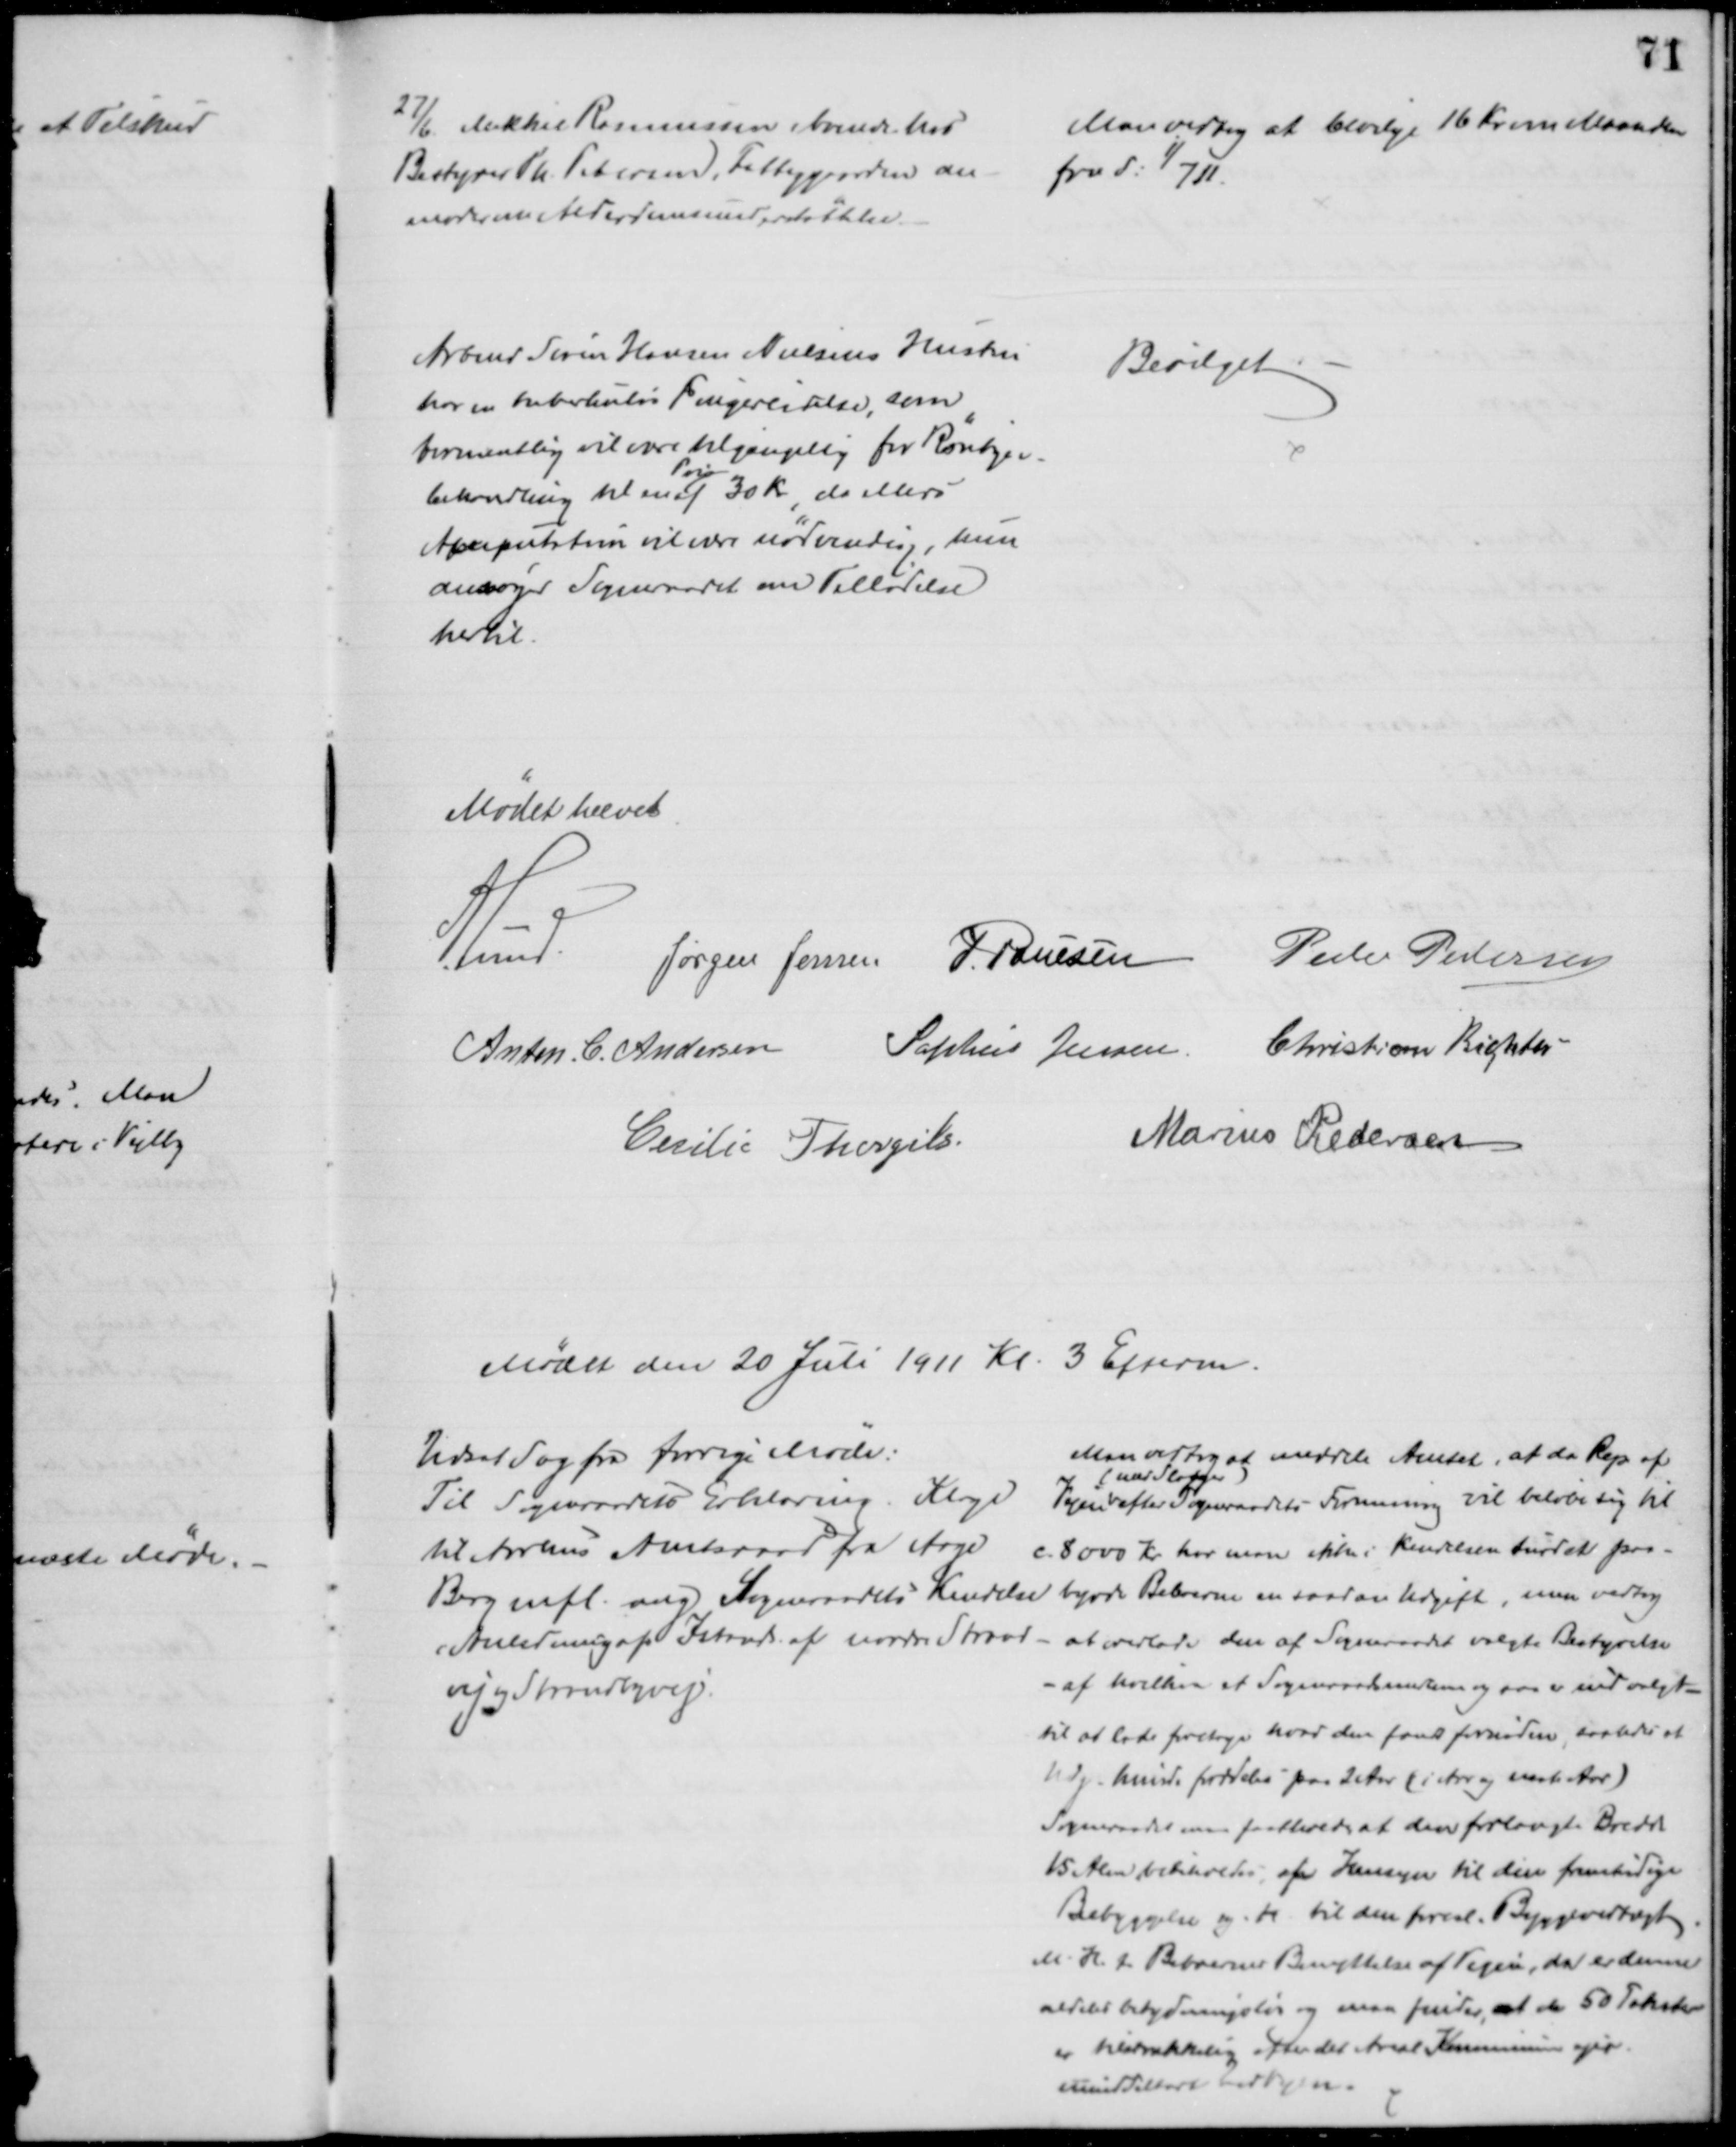
Transskription:
27/6 Mikkel Rasmussen boende hos
Bestyrer Th. Petersen, Fattiggaarden an-
moder om Alderdomunderstøttelse
Man vedtog at bevilge 16 Kr om Maaneden
fra d: 1/711.
Arbmd Søren Hansen Nielsens Hustru
har en tuberkuløs Fingerlidelse, som
formentlig vil være tilgængelig for Røntgen-
behandling til en
Pris
af 30 Kr, da ellers
Amputation vil være nødvending, hun
ansøger Sogneraadet om Tilladelse
hertil.
Bevilget.
Mødet hævet
A. Lund.
Jørgen Jensen J. Poulsen Peder Pedersen
Anton. C. Andersen Sophus Jensen Christian Richter
Cecilie Thorgils.
Marius Pedersen
Mødet den 20 Juli 1911 Kl. 3 Efterm.
Udsat Sag fra forrige Møde:
Til Sogneraadets Erklæring. Klage
til Aarhus Amtsraad fra Aage
Berg mfl. ang Sogneraadets Kendelse
i Anledning af Istands. af nordre Strand-
vej og Strandbyvej.
Man vedtog at meddele Amtet, at da Rep. af 
Vejen  
(med Slagger)
efter Sogneraadets Formening vil beløbe sig til 
c. 8000 Kr. har man ikke i Kendelsen turdet paa-
byrde Beboerne en saadan Udgift, man vedtog 
at overlade den af Sogneraadet valgte Bestyrelse
- af hvilken et Sogneraadsmedlem og saa var udvalgt -
til at lade foretage hvad den fandt fornøden, saaledes at
Udg. kunde fordeles paa 2 Aar (i Aar og næste Aar)
Sogneraadet maa fastholde at den forlangte Bredde
15 Alen bibeholdes af Hensyn til den fremtidige
Bebyggelse og H til den foresl. Byggevedtægt
M. H. t. Beboernes Benyttelse af Vejen, da er denne 
aldeles betydningsløs og man finder at de 50 Takster
er tilstrækkelig efter det Areal Kommunen ejer
umiddelbart